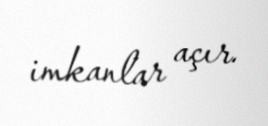
imkanlar açır.